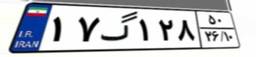
۱۴گ۷۷۱۹۸